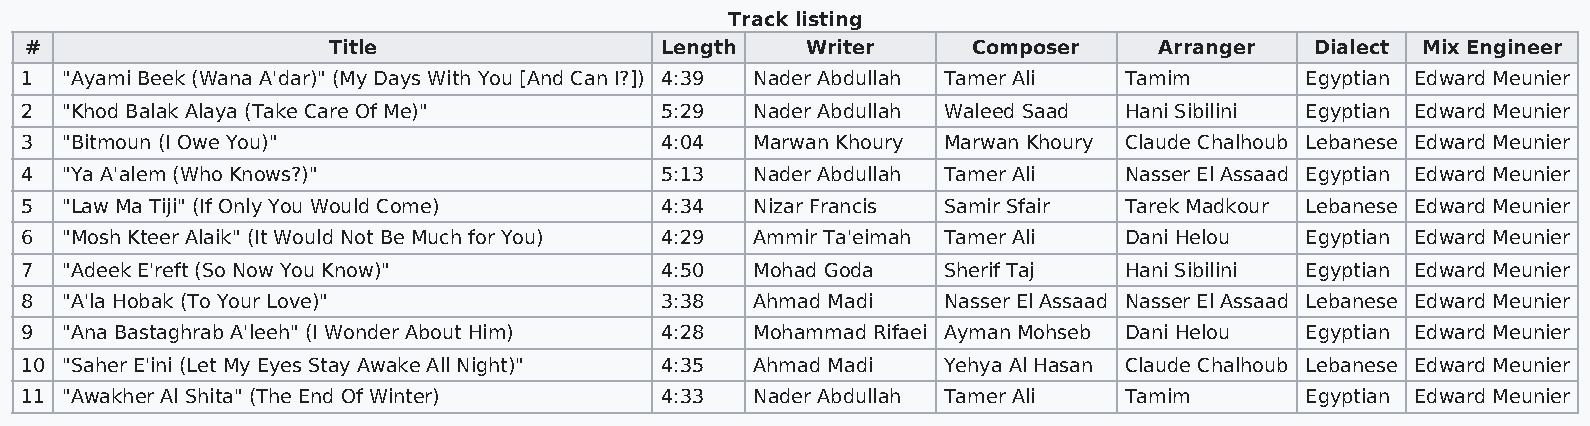
Track listing
 #                   Title                 Length   Writer     Composer     Arranger  Dialect Mix Engineer
 1  "Ayami Beek (Wana A'dar)" (My Days With You [And Can I?]) 4:39 Nader Abdullah Tamer Ali Tamim Egyptian Edward Meunier
 2  "Khod Balak Alaya (Take Care Of Me)"    5:29  Nader Abdullah Waleed Saad Hani Sibilini Egyptian Edward Meunier
 3  "Bitmoun (I Owe You)"                   4:04  Marwan Khoury Marwan Khoury Claude Chalhoub Lebanese Edward Meunier
 4  "Ya A'alem (Who Knows?)"                5:13  Nader Abdullah Tamer Ali Nasser El Assaad Egyptian Edward Meunier
 5  "Law Ma Tiji" (If Only You Would Come)  4:34  Nizar Francis Samir Sfair Tarek Madkour Lebanese Edward Meunier
 6  "Mosh Kteer Alaik" (It Would Not Be Much for You) 4:29 Ammir Ta'eimah Tamer Ali Dani Helou Egyptian Edward Meunier
 7  "Adeek E'reft (So Now You Know)"        4:50  Mohad Goda  Sherif Taj  Hani Sibilini Egyptian Edward Meunier
 8  "A'la Hobak (To Your Love)"             3:38  Ahmad Madi  Nasser El Assaad Nasser El Assaad Lebanese Edward Meunier
 9  "Ana Bastaghrab A'leeh" (I Wonder About Him) 4:28 Mohammad Rifaei Ayman Mohseb Dani Helou Egyptian Edward Meunier
 10 "Saher E'ini (Let My Eyes Stay Awake All Night)" 4:35 Ahmad Madi Yehya Al Hasan Claude Chalhoub Lebanese Edward Meunier
 11 "Awakher Al Shita" (The End Of Winter)  4:33  Nader Abdullah Tamer Ali Tamim      Egyptian Edward Meunier